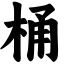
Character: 桶